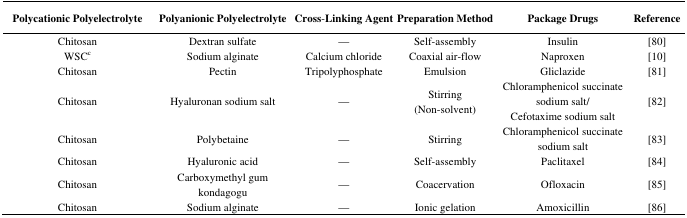
<table><thead><tr><td><b>Polycationic Polyelectrolyte</b></td><td><b>Polyanionic Polyelectrolyte</b></td><td><b>Cross-Linking Agent</b></td><td><b>Preparation Method</b></td><td><b>Package Drugs</b></td><td><b>Reference</b></td></tr></thead><tbody><tr><td>Chitosan</td><td>Dextran sulfate</td><td>—</td><td>Self-assembly</td><td>Insulin</td><td>[80]</td></tr><tr><td>WSC<sup>c</sup></td><td>Sodium alginate</td><td>Calcium chloride</td><td>Coaxial air-flow</td><td>Naproxen</td><td>[10]</td></tr><tr><td>Chitosan</td><td>Pectin</td><td>Tripolyphosphate</td><td>Emulsion</td><td>Gliclazide</td><td>[81]</td></tr><tr><td>Chitosan</td><td>Hyaluronan sodium salt</td><td>—</td><td>Stirring (Non-solvent)</td><td>Chloramphenicol succinate sodium salt/Cefotaxime sodium salt</td><td>[82]</td></tr><tr><td>Chitosan</td><td>Polybetaine</td><td>—</td><td>Stirring</td><td>Chloramphenicol succinate sodium salt</td><td>[83]</td></tr><tr><td>Chitosan</td><td>Hyaluronic acid</td><td>—</td><td>Self-assembly</td><td>Paclitaxel</td><td>[84]</td></tr><tr><td>Chitosan</td><td>Carboxymethyl gum kondagogu</td><td>—</td><td>Coacervation</td><td>Ofloxacin</td><td>[85]</td></tr><tr><td>Chitosan</td><td>Sodium alginate</td><td>—</td><td>Ionic gelation</td><td>Amoxicillin</td><td>[86]</td></tr></tbody></table>